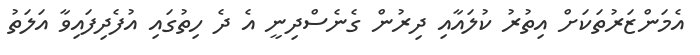
އެމަންޒަރުތަކަށް އިތުރު ކުލައާއި ދިރުން ގެނެސްދިނީ އެ ދެ ހިތުގައި އުފެދިފައިވާ އަލަތު